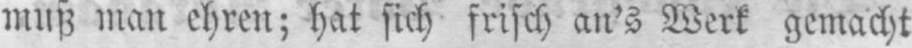
muß man ehren; hat sich frisch an’s Werk gemacht